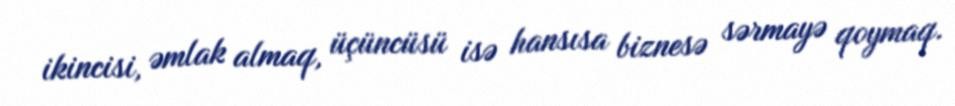
ikincisi, əmlak almaq, üçüncüsü isə hansısa biznesə sərmayə qoymaq.